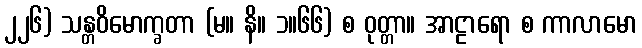
၂၂၆) သန္တဝိမောက္ခတာ (မ။ နိ။ ၁။၆၆) စ ဝုတ္တာ။ အာဠာရော စ ကာလာမော